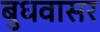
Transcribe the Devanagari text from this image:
बुधवासर